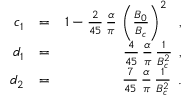
\begin{array} { r l r } { c _ { 1 } } & { = } & { 1 - \frac { 2 } { 4 5 } \, \frac { \alpha } { \pi } \, \left( \frac { B _ { 0 } } { B _ { c } } \right) ^ { 2 } \, \, \; , } \\ { d _ { 1 } } & { = } & { \frac { 4 } { 4 5 } \, \frac { \alpha } { \pi } \, \frac { 1 } { B _ { c } ^ { 2 } } \, \; , } \\ { d _ { 2 } } & { = } & { \frac { 7 } { 4 5 } \, \frac { \alpha } { \pi } \, \frac { 1 } { B _ { c } ^ { 2 } } \, \; . } \end{array}